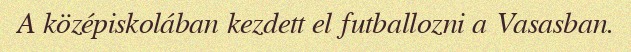
A középiskolában kezdett el futballozni a Vasasban.